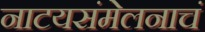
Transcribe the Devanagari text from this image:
नाटयसंमेलनाचं